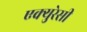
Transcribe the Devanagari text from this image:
एक्युरेसी